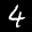
Label: 4